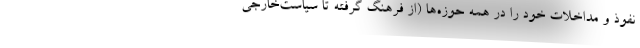
نفوذ و مداخلات خود را در همه حوزه‌ها (از فرهنگ گرفته تا سیاست‌خارجی